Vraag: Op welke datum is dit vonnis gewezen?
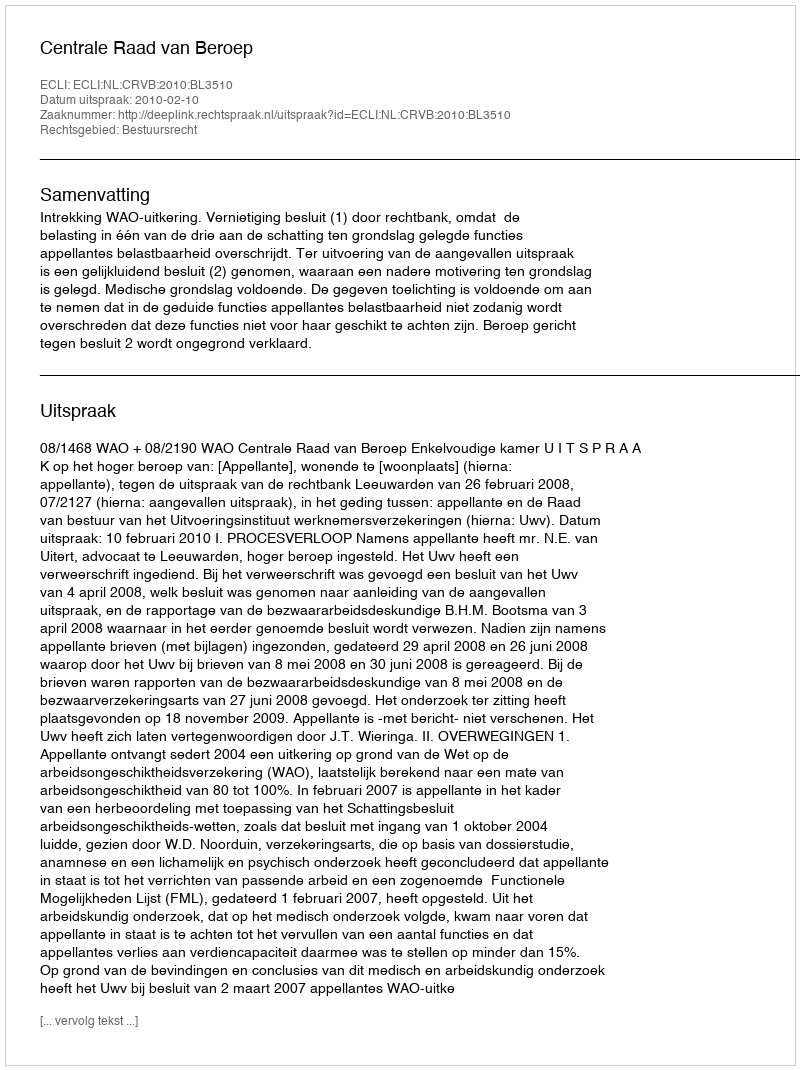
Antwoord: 2010-02-10